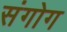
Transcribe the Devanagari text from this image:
संगोग